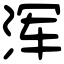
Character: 浑